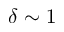
\delta \sim 1